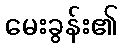
မေးခွန်း၏